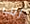
ريب